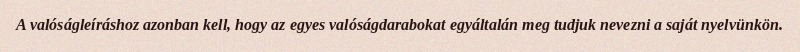
A valóságleíráshoz azonban kell, hogy az egyes valóságdarabokat egyáltalán meg tudjuk nevezni a saját nyelvünkön.